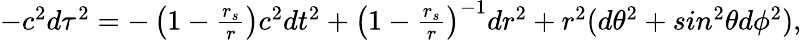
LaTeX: \begin{array}{l}{-c^{2}d\tau^{2}=-\left(1-\frac{r_{s}}{r}\right)c^{2}dt^{2}+\left(1-\frac{r_{s}}{r}\right)^{-1}dr^{2}+r^{2}(d\theta^{2}+sin^{2}\theta d\phi^{2}),}\end{array}